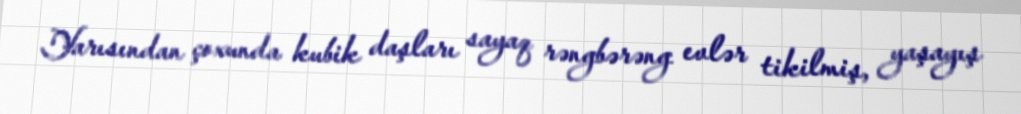
Yarısından çoxunda kubik daşları sayaq rəngbərəng evlər tikilmiş, yaşayış